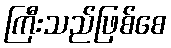
ကြီးသည်ဖြစ်စေ